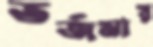
তর্জমায়